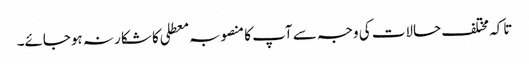
تاکہ مختلف حالات کی وجہ سے آپ کا منصوبہ معطلی کا شکار نہ ہوجائے۔